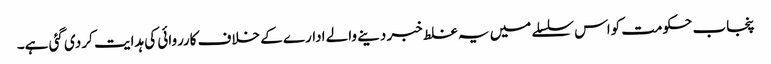
پنجاب حکومت کواس سلسلے میں یہ غلط خبر دینے والے ادارے کے خلاف کارروائی کی ہدایت کر دی گئی ہے۔